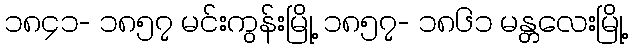
၁၈၄၁- ၁၈၅၇ မင်းကွန်းမြို့ ၁၈၅၇- ၁၈၆၁ မန္တလေးမြို့